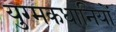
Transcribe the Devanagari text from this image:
युग्मकधानियों